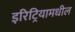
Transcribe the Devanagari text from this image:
इरिट्रियामधील